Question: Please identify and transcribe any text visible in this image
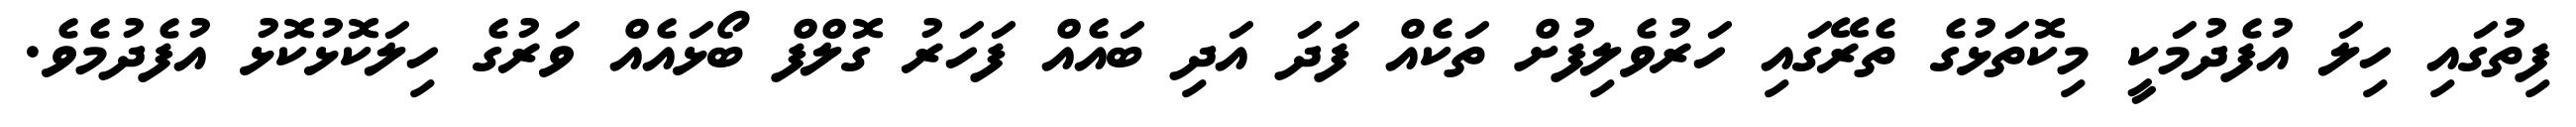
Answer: ފިތުގައި ހިލަ އުފެދުމަކީ މިކޮތަޅުގެ ތެރޭގައި ހަރުވެލިފުށް ތަކެއް ފަދަ އަދި ބައެއް ފަހަރު ގޮލްފް ބޯޅައެއް ވަރުގެ ހިލަކޮޅުކޮޅު އުފެދުމެވެ.